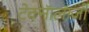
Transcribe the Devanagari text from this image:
टेक्नॅालॅाजी